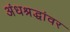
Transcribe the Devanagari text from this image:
अंधश्रद्धांवर